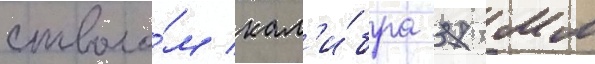
стволо́м кал'и́бра 37 мм